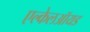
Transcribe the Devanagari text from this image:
एल्केलऑयड